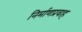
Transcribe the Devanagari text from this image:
निर्माणप्रवाह